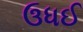
ઉધઈ